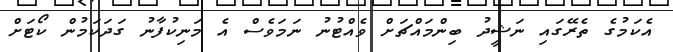
އެކަމުގެ ތެރޭގައި ނަޝީދު ބިންމައްޗަަށް ވެއްޓުނު ނަމަވެސް އެ މަނިކުފާނު ގަދަކަމުން ކޯޓަށް